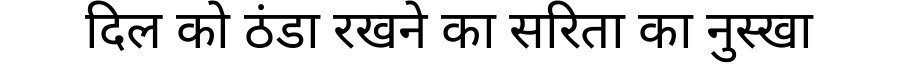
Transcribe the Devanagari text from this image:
दिल को ठंडा रखने का सरिता का नुस्खा